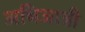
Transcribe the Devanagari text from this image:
अभिजात्री